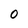
Character: 0